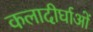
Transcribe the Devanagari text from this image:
कलादीर्घाओं